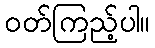
ဝတ်ကြည့်ပါ။